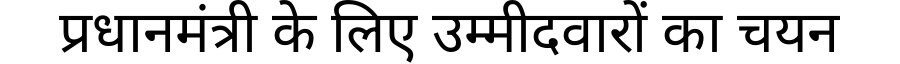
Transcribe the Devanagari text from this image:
प्रधानमंत्री के लिए उम्मीदवारों का चयन